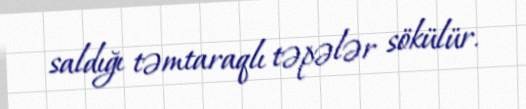
saldığı təmtaraqlı təpələr sökülür.